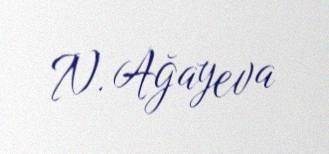
N. Ağayeva